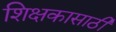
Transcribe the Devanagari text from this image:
शिक्षकासाठी